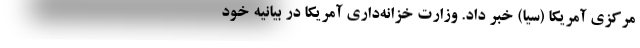
مرکزی آمریکا (سیا) خبر داد. وزارت خزانه‌داری آمریکا در بیانیه خود